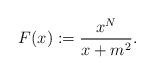
LaTeX: \begin{align*}F(x):= \frac{x^{N}}{x+m^2}.\end{align*}